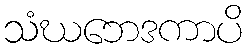
သံဃဘေဒကာပိ